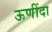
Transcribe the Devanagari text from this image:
ऊणींदा